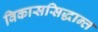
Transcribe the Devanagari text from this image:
विकाससिद्धान्त